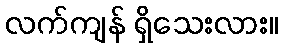
လက်ကျန် ရှိသေးလား။